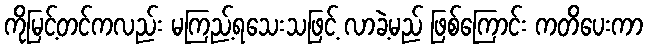
ကိုမြင့်တင်ကလည်း မကြည့်ရသေးသဖြင့် လာခဲ့မည် ဖြစ်ကြောင်း ကတိပေးကာ